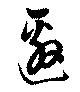
邀